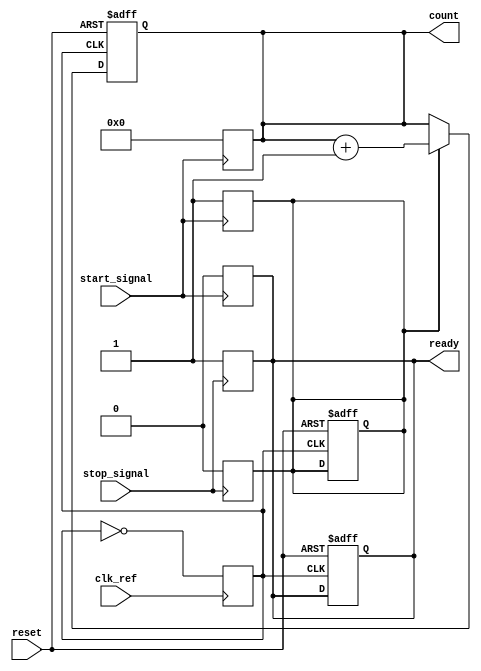
module TDC (
    input wire clk_ref,          // Reference clock input
    input wire start_signal,     // Start signal input
    input wire stop_signal,      // Stop signal input
    input wire reset,            // Reset signal
    output reg [31:0] count,     // Output count value
    output reg ready             // Ready signal indicating measurement completion
);

    // PLL parameters (for simulation purposes)
    parameter PLL_MULTIPLIER = 8; // PLL multiplier for output frequency
    parameter COUNTER_WIDTH = 32;  // Width of the counter

    // Internal signals
    reg clk_out;                  // Output clock from PLL
    reg [COUNTER_WIDTH-1:0] counter; // Counter for time measurement
    reg measuring;                // Flag to indicate measuring state

    // PLL simulation (simple frequency multiplication)
    always @(posedge clk_ref) begin
        clk_out <= ~clk_out; // Toggle clock for simplicity
    end

    // Counter logic
    always @(posedge clk_out or posedge reset) begin
        if (reset) begin
            count <= 0;
            measuring <= 0;
            ready <= 0;
        end else if (measuring) begin
            count <= count + 1; // Increment counter on each PLL clock cycle
        end
    end

    // Start and Stop signal processing
    always @(posedge start_signal) begin
        measuring <= 1; // Start measuring
        count <= 0;     // Reset count
        ready <= 0;     // Reset ready signal
    end

    always @(posedge stop_signal) begin
        measuring <= 0; // Stop measuring
        ready <= 1;     // Indicate measurement is complete
    end

endmodule